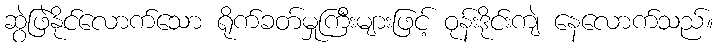
ဆွဲဖြဲနိုင်လောက်သော ရိုက်ခတ်မှုကြီးများဖြင့် ဝုန်းဒိုင်းကျဲ နေလောက်သည်။